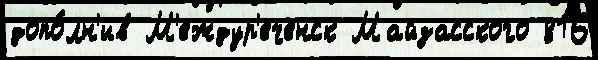
допо́лн'ив М'еждур'еченск Майзасского 816